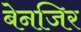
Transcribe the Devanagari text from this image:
बेनजिर